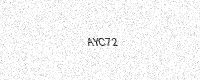
Text: AYC72